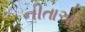
નીતાએ